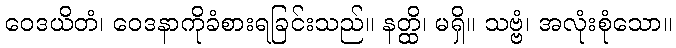
ဝေဒယိတံ၊ ဝေဒနာကိုခံစားရခြင်းသည်။ နတ္ထိ၊ မရှိ။ သဗ္ဗံ၊ အလုံးစုံသော။